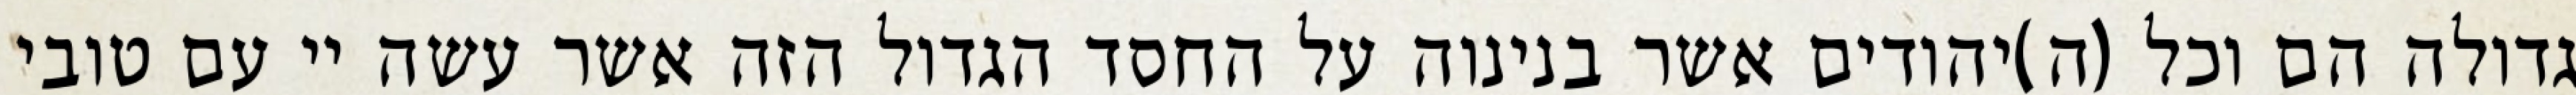
גדולה הם וכל (ה)יהודים אשר בנינוה על החסד הגדול הזה אשר עשה יי עם טובי